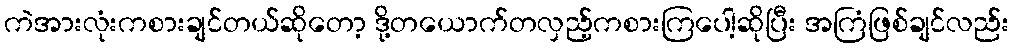
ကဲအားလုံးကစားချင်တယ်ဆိုတော့ ဒို့တယောက်တလှည့်ကစားကြပေါ့ဆိုပြီး အကြံဖြစ်ချင်လည်း